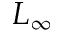
L _ { \infty }